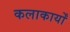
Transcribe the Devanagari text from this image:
कलाकार्यों